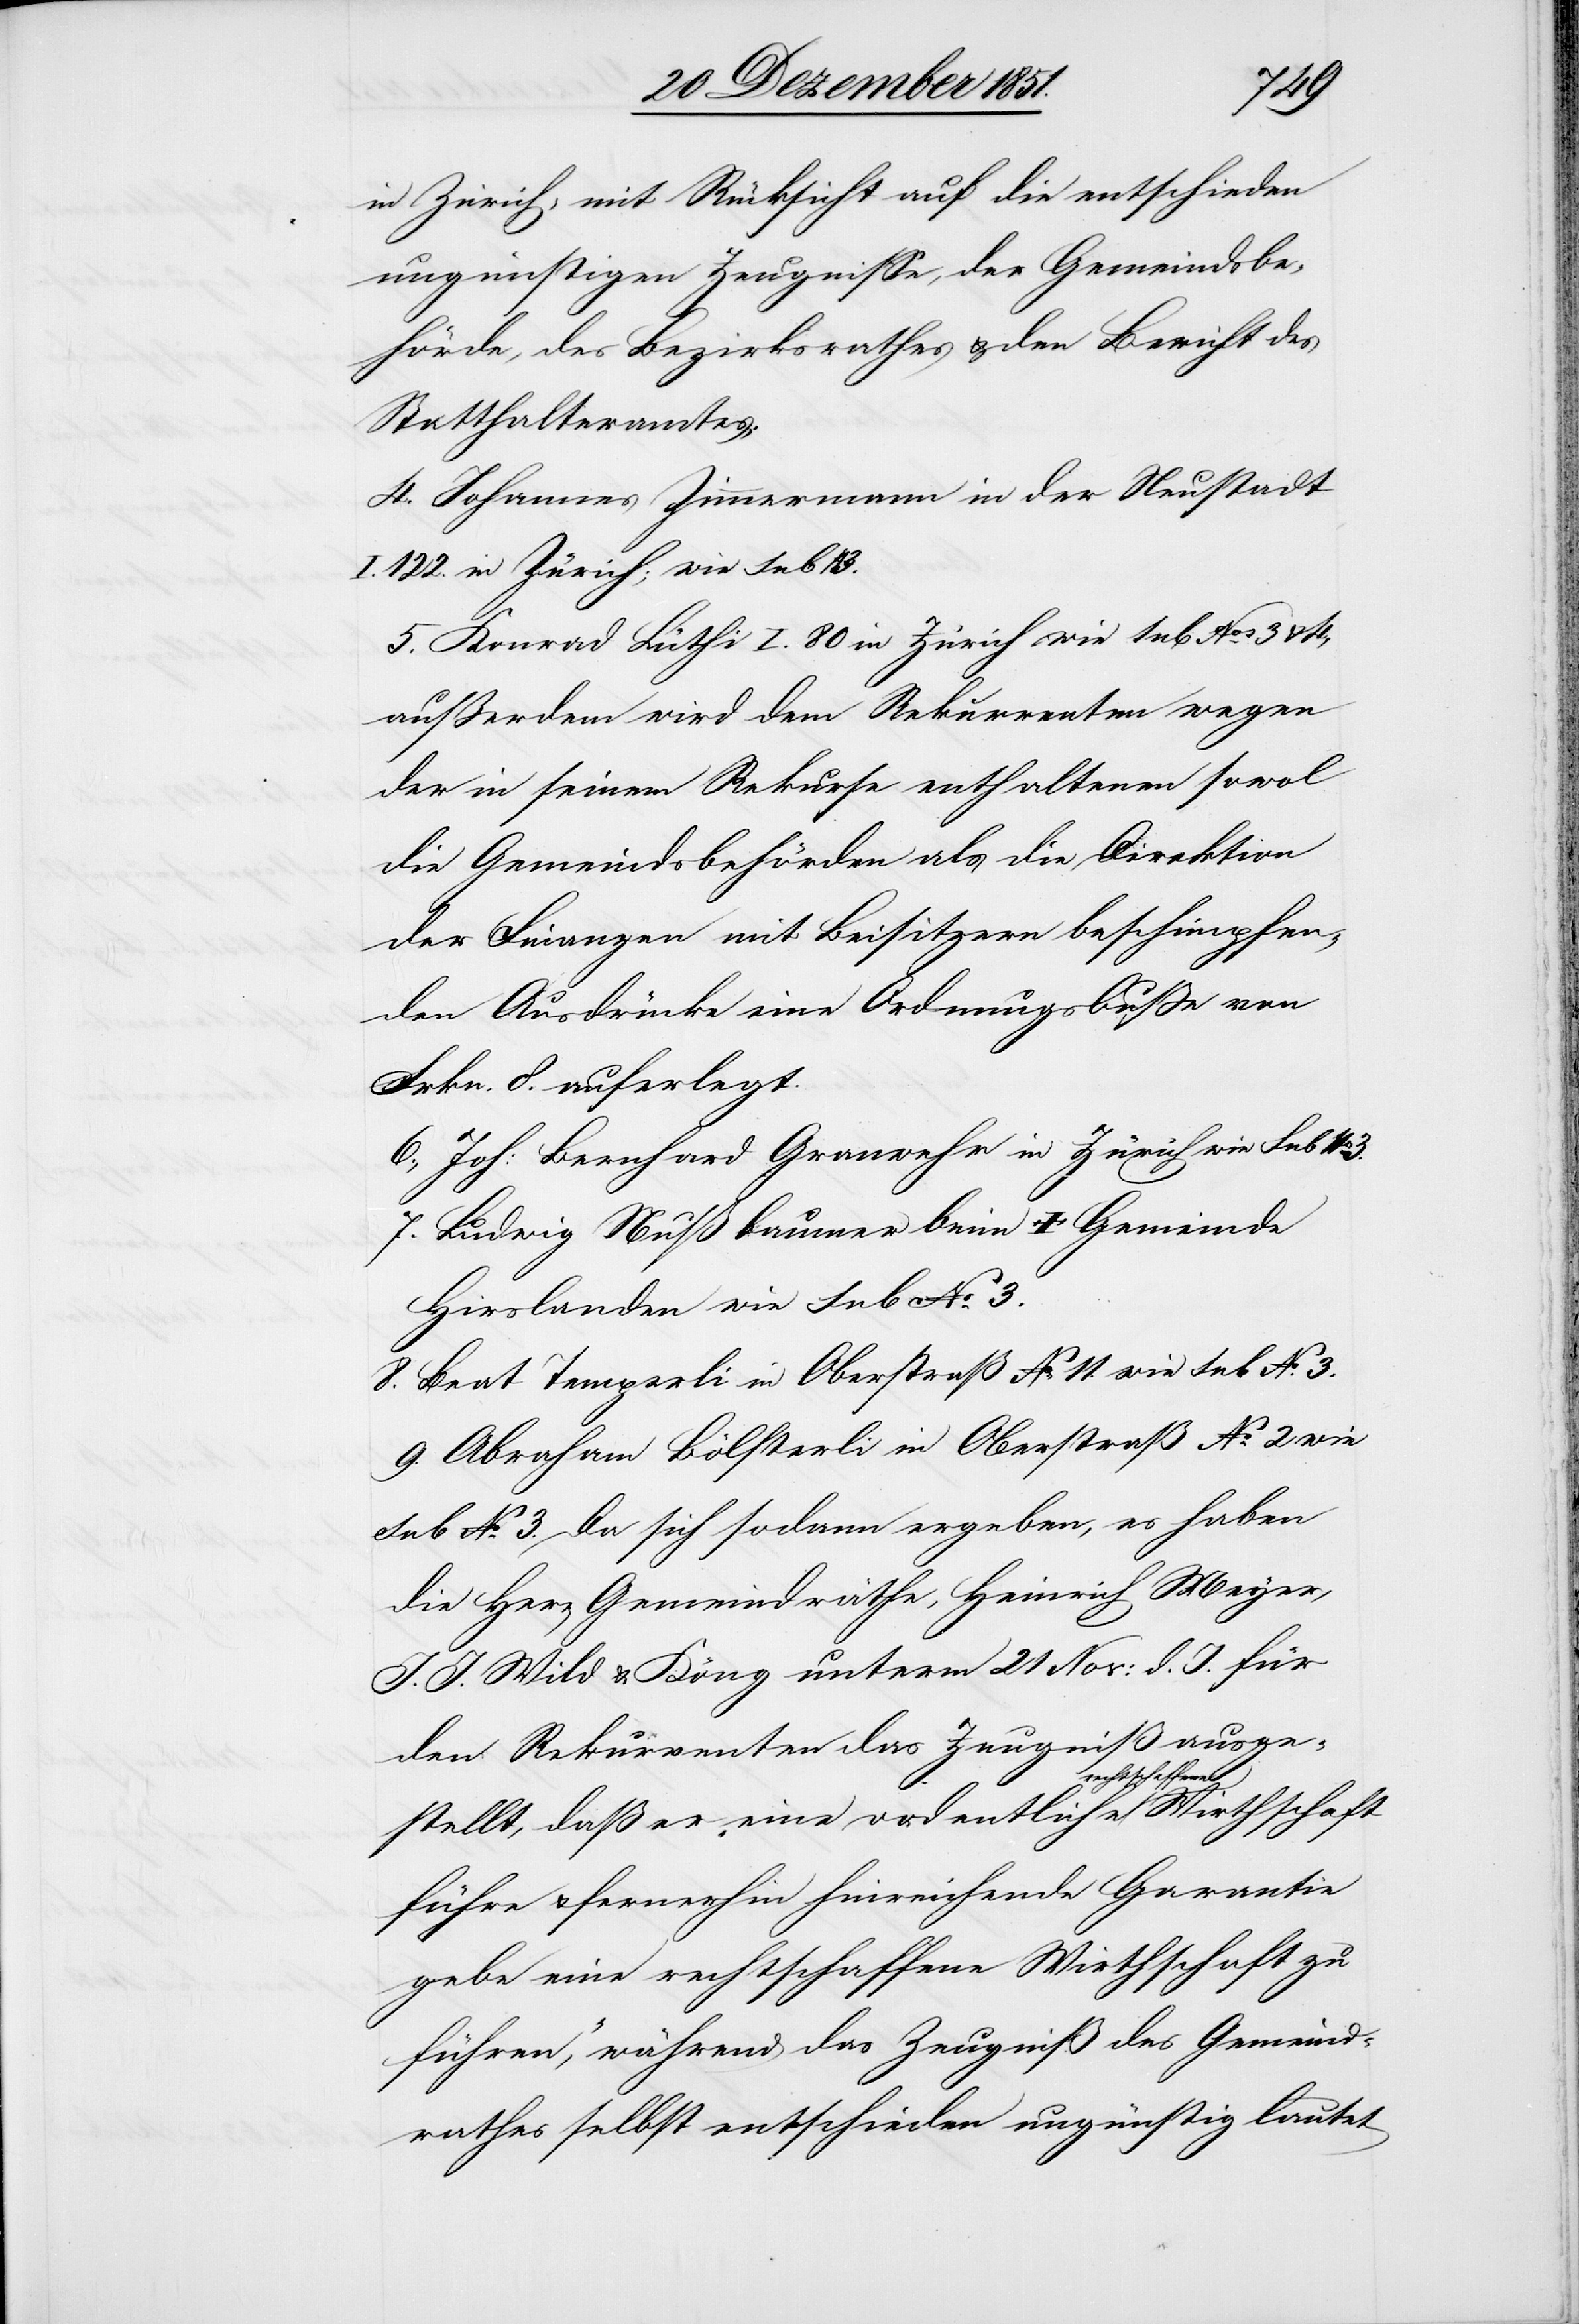
3.
in Zürich, mit Rücksicht auf die entschieden
ungünstigen Zeugnisse, der Gemeindsbe¬
hörde, des Bezirksrathes & den Bericht des
Statthalteramtes.
4. Johannes Zimmermann in der Neustadt
I. 122. in Zürich; wie sub No
5. Konrad Lüthi I. 80 in Zürich wie sub Nos. 3 & 4,
außerdem wird dem Rekurrenten wegen
der in seinem Rekurse enthaltenen sowo[h]l
die Gemeindsbehörden als die Direktion
der Finanzen mit Beisitzern beschimpfen¬
den Ausdrücke eine Ordnungsbuße von
Frkn. 8. auferlegt.
6., Joh: Bernhard Granwehr in Zürich wie sub No.
7. Ludwig Nußbaumer beim † Gemeinde
Hirslanden wie sub No. 3.
8. Beat Temperli in Oberstraß No. 11. wie sub No. 3.
9. Abraham Bölsterli in Oberstraß No. 2 wie
sub No. 3. Da sich sodann ergeben, es haben
die Her[ren] Gemeindräthe, Heinrich Meyer,
J. J. Wild & Köng unterm 21 Nov: d. J. für
den Rekurrenten das Zeugniß ausge¬
stellt, daß er „eine ordentliche rechtschaffene
führe & fernerhin hinreichende Garantie
gebe eine rechtschaffene Wirthschaft zu
führen,“ während das Zeugniß des Gemeind¬
rathes selbst entschieden ungünstig lautet